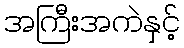
အကြီးအကဲနှင့်